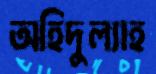
অহিদুল্যাহ